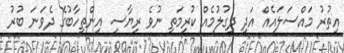
އިތުރު މައްސަލައެއް އަދި ދިގުލުމެއް ކުރިމަތި ނުވެ ރިޔާސީ އިންތިހާބުގެ ދެވަނަ ބުރު